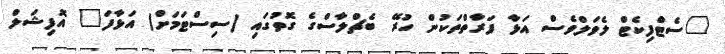
"ސެޓްފިކެޓް ލެވަލްވެސް އަޅާ ފަރާތްތަކުން ހުރޭ ބެޗްލާސްގެ ގޮތުގައި (ސިސްޓަމަށް) އަޅާފަ" އޮފިޝަލް